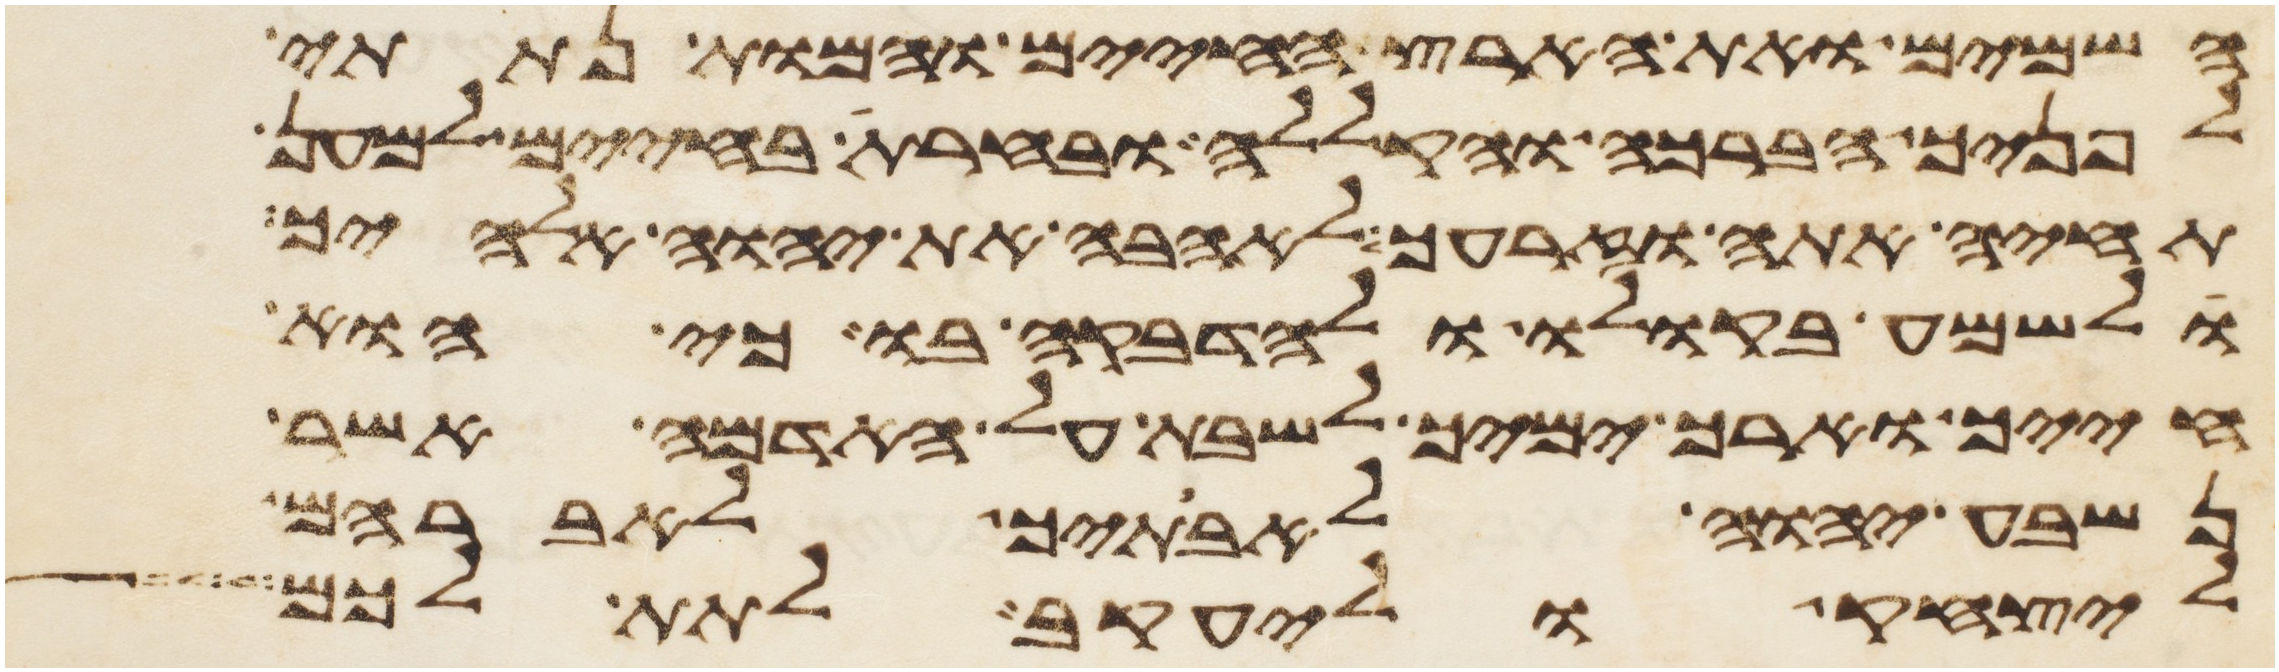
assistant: השמים ואת הארץ החיים והמות נתתי
לפניך הברכה והקללה ובחרת בחיים למען
תחיה אתה וזרעך לאהבה את יהוה אלהיך
ולשמע בקולו ולהדבקה בו כי הוא
חייך וארך ימיך לשבת על האדמה אשר
נשבע יהוה לאבתיך לאברהם
ליצחק וליעקב לתת לכם